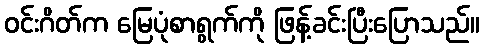
ဝင်းဂိတ်က မြေပုံစာရွက်ကို ဖြန့်ခင်းပြီးပြောသည်။